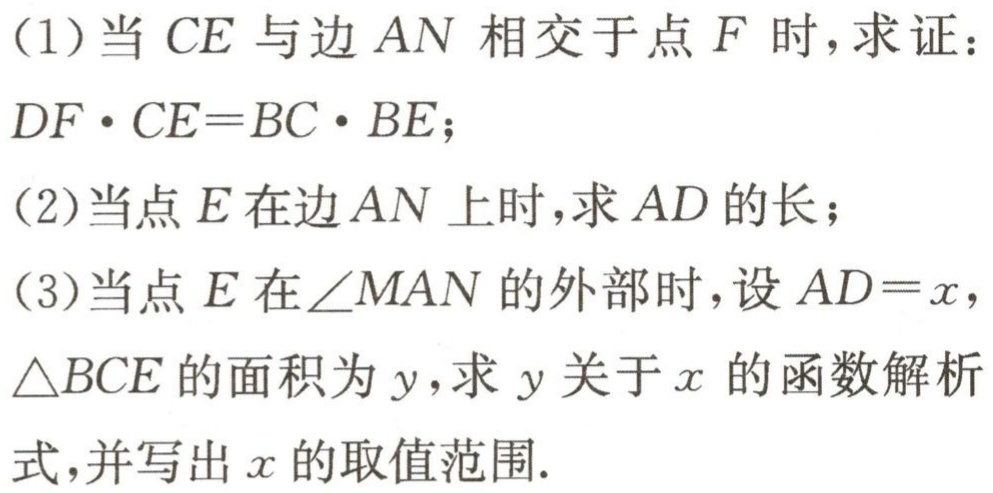
(1)当 \(CE\) 与边 \(AN\) 相交于点 \(F\) 时，求证：
\(DF\cdot CE = BC\cdot BE\)；
(2)当点 \(E\) 在边 \(AN\) 上时，求 \(AD\) 的长；
(3)当点 \(E\) 在 \(\angle MAN\) 的外部时，设 \(AD = x\)，
\(\triangle BCE\) 的面积为 \(y\)，求 \(y\) 关于 \(x\) 的函数解析
式，并写出 \(x\) 的取值范围.